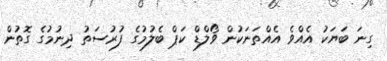
ގިނަ ބަޔަކު އެއްވެ އެއްތަނަކުން ވޯލްޑް ކަޕް ބެލުމުގެ ފުރުސަތު ދިނުމުގެ ގޮތުން